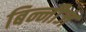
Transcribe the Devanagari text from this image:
बिन्नीज